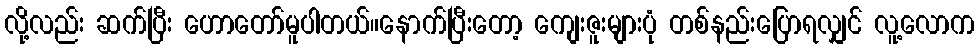
လို့လည်း ဆက်ပြီး ဟောတော်မူပါတယ်။နောက်ပြီးတော့ ကျေးဇူးများပုံ တစ်နည်းပြောရလျှင် လူ့လောက